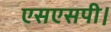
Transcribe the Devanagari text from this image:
एसएसपी।